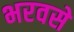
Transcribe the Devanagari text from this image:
भरवसे